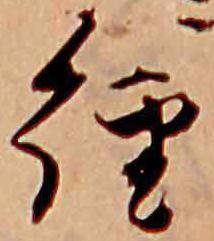
経